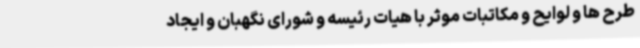
طرح ها و لوایح و مکاتبات موثر با هیات رئیسه و شورای نگهبان و ایجاد